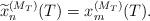
LaTeX: \begin{align*}\widetilde{x}_n^{(M_T)}(T)=x_m^{(M_T)}(T).\end{align*}